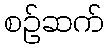
စဉ်ဆက်